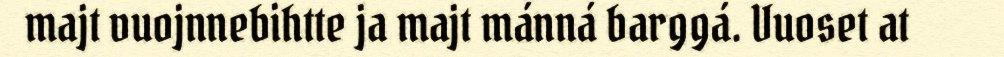
majt vuojnnebihtte ja majt mánná barggá. Vuoset at